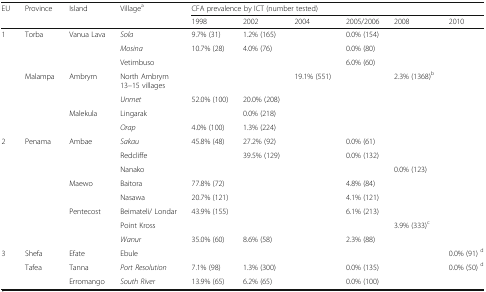
| EU | Province | Island | Villagea | <COLSPAN=6> CFA prevalence by ICT (number tested) |
 |  |  |  |  | 1998 | 2002 | 2004 | 2005/2006 | 2008 | 2010 |
 | --- | --- | --- | --- | --- | --- | --- | --- | --- | --- |
 | <ROWSPAN=7> 1 | <ROWSPAN=3> Torba | <ROWSPAN=3> Vanua Lava | Sola | 9.7% (31) | 1.2% (165) |  | 0.0% (154) |  |  |
 | Mosina | 10.7% (28) | 4.0% (76) |  | 0.0% (80) |  |  |
 | Vetimbuso |  |  |  | 6.0% (60) |  |  |
 | <ROWSPAN=4> Malampa | <ROWSPAN=2> Ambrym | North Ambrym13–15 villages |  |  | 19.1% (551) |  | 2.3% (1368)b |  |
 | Unmet | 52.0% (100) | 20.0% (208) |  |  |  |  |
 | <ROWSPAN=2> Malekula | Lingarak |  | 0.0% (218) |  |  |  |  |
 | Orap | 4.0% (100) | 1.3% (224) |  |  |  |  |
 | <ROWSPAN=8> 2 | <ROWSPAN=8> Penama | <ROWSPAN=3> Ambae | Sakau | 45.8% (48) | 27.2% (92) |  | 0.0% (61) |  |  |
 | Redcliffe |  | 39.5% (129) |  | 0.0% (132) |  |  |
 | Nanako |  |  |  |  | 0.0% (123) |  |
 | <ROWSPAN=2> Maewo | Baitora | 77.8% (72) |  |  | 4.8% (84) |  |  |
 | Nasawa | 20.7% (121) |  |  | 4.1% (121) |  |  |
 | <ROWSPAN=3> Pentecost | Beimateli/ Londar | 43.9% (155) |  |  | 6.1% (213) |  |  |
 | Point Kross |  |  |  |  | 3.9% (333)c |  |
 | Wanur | 35.0% (60) | 8.6% (58) |  | 2.3% (88) |  |  |
 | <ROWSPAN=3> 3 | Shefa | Efate | Ebule |  |  |  |  |  | 0.0% (91) d |
 | <ROWSPAN=2> Tafea | Tanna | Port Resolution | 7.1% (98) | 1.3% (300) |  | 0.0% (135) |  | 0.0% (50) d |
 | Erromango | South River | 13.9% (65) | 6.2% (65) |  | 0.0% (100) |  |  |